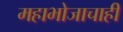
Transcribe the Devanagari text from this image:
महाभोजाचाही